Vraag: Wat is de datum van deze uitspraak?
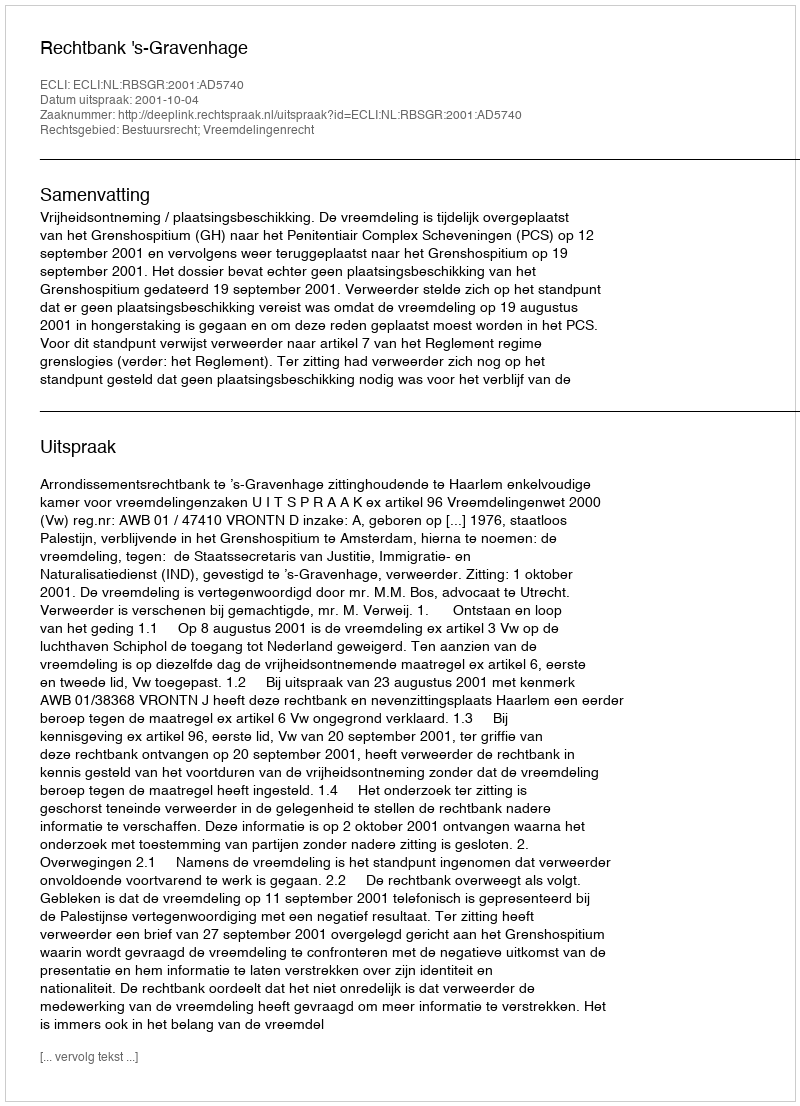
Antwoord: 2001-10-04